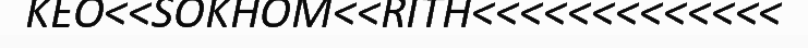
KEO<<SOKHOM<<RITH<<<<<<<<<<<<<